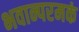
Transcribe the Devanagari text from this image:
भवान्परमकं